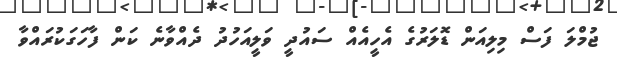
ޖުމްލަ ފަސް މިލިއަން ޑޮލަރުގެ އެހީއެއް ސައުދީ ވަލީއަހުދު ދެއްވާނެ ކަން ފާހަގަކުރައްވާ